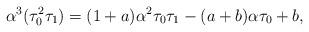
LaTeX: \begin{align*}\alpha^3 (\tau_0^2 \tau_1) = (1+a) \alpha^2 \tau_0 \tau_1 - (a+b) \alpha \tau_0 + b,\end{align*}